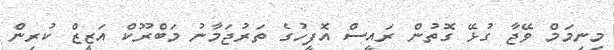
މިނިމަމް ވޭޖާ ގުޅޭ ގޮތުން ރައީސް އޮފީހުގެ ތަރުޖަމާނު މަބްރޫކް އަޒީޒް ކުރިން